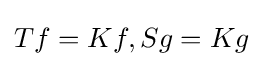
Tf=Kf,Sg=Kg